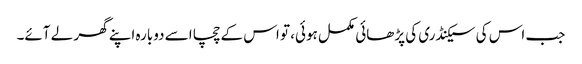
جب اس کی سیکنڈری کی پڑھائی مکمل ہوئی، تو اس کے چچا اسے دوبارہ اپنے گھر لے آئے۔